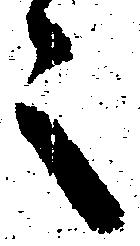
之